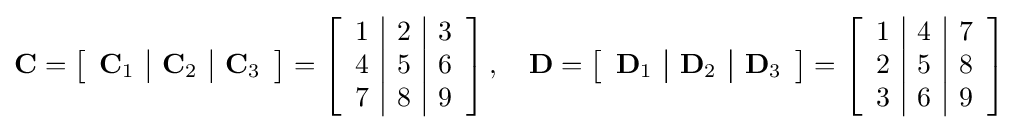
\mathbf {C} =\left[{\begin{array}{c | c | c}\mathbf {C} _{1}&\mathbf {C} _{2}&\mathbf {C} _{3}\end{array}}\right]=\left[{\begin{array}{c | c | c}1&2&3\\4&5&6\\7&8&9\end{array}}\right],\quad \mathbf {D} =\left[{\begin{array}{c | c | c }\mathbf {D} _{1}&\mathbf {D} _{2}&\mathbf {D} _{3}\end{array}}\right]=\left[{\begin{array}{c | c | c }1&4&7\\2&5&8\\3&6&9\end{array}}\right]